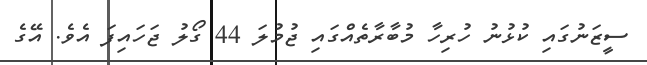
ސީޒަނުގައި ކުޅުނު ހުރިހާ މުބާރާތެއްގައި ޖުމުލަ 44 ގޯލު ޖަހައިފަ އެވެ. އޭގެ